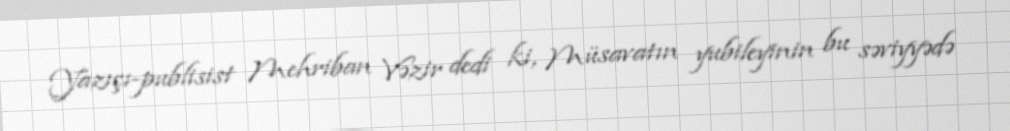
Yazıçı-publisist Mehriban Vəzir dedi ki, Müsavatın yubileyinin bu səviyyədə